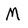
Character: M